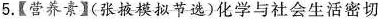
5.【营养素】(张掖模拟节选)化学与社会生活密切